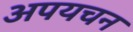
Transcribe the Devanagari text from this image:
अपयचन